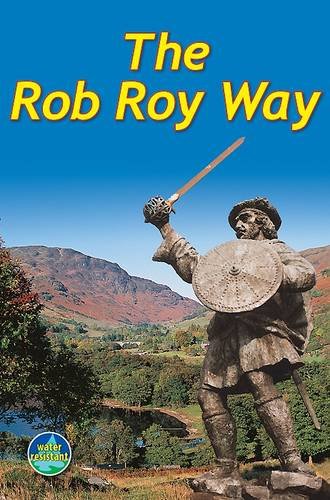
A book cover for Rob Roy Way; Jacquetta Megarry; Travel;